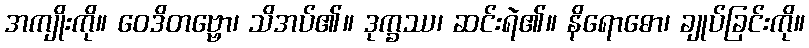
အကျိုးကို။ ဝေဒိတဗ္ဗော၊ သိအပ်၏။ ဒုက္ခဿ၊ ဆင်းရဲ၏။ နိရောဓော၊ ချုပ်ခြင်းကို။